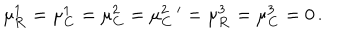
\mu _ { \mathbf { R } } ^ { 1 } = \mu _ { \mathbf { C } } ^ { 1 } = \mu _ { \mathbf { C } } ^ { 2 } = \mu _ { \mathbf { C } } ^ { 2 \, \, \, \prime } = \mu _ { \mathbf { R } } ^ { 3 } = \mu _ { \mathbf { C } } ^ { 3 } = 0 \, .